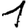
Digit: 1